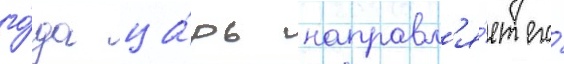
го́да ца́рь направл'я́ет его́